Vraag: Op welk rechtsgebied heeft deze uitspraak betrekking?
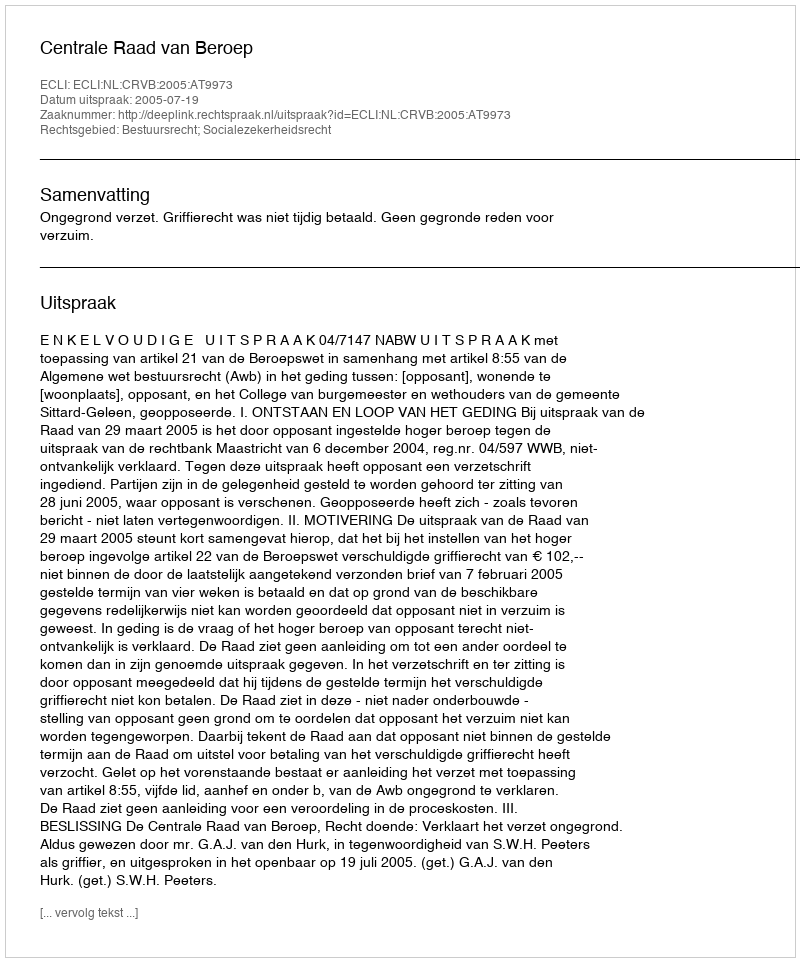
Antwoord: Bestuursrecht; Socialezekerheidsrecht